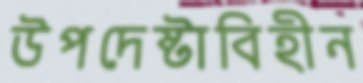
উপদেষ্টাবিহীন